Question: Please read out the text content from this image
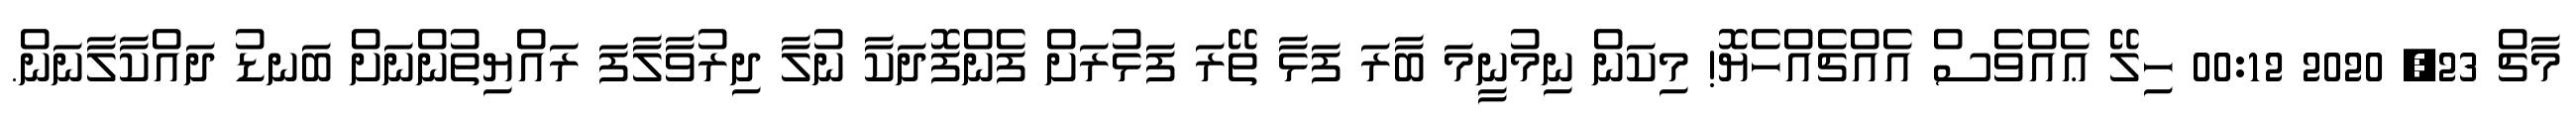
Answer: މާޗް 23, 2020 00:12 ހިލޭ ޢެއްވެސް އެއްޗެއްހެޔޮ! މިކަން ނިމުނީމަ ބާރަ ފަޅާ ތޭރަ ފަޅުރަށް ފެންފޮދަކާ ނުލާ ދިރުވާލާފަ ރައްޔިތުންނަށް ބަނޑު ދައްކާލާނަން.